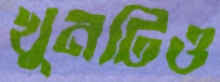
খুনটিও